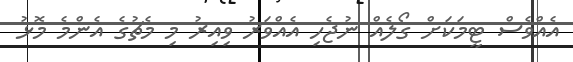
އެއްވެސް ޓީމަކަށް ގޯލެއް ނުޖެހި އެއްވަރު ވިއިރު މި މެޗުގެ އެންމެ މޮޅު